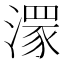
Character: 𣽁